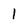
Character: l